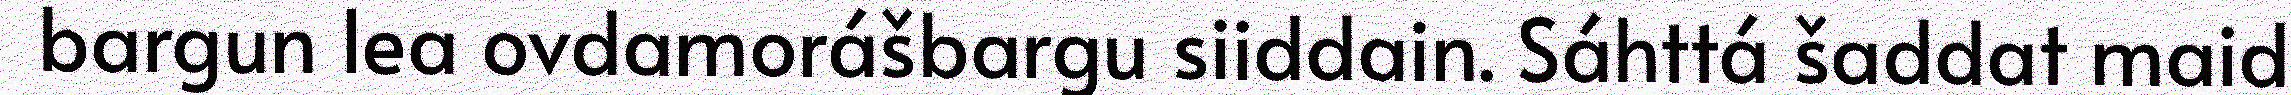
bargun lea ovdamorášbargu siiddain. Sáhttá šaddat maid